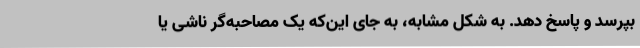
بپرسد و پاسخ دهد. به شکل مشابه، به جای این‌که یک مصاحبه‌گر ناشی یا